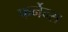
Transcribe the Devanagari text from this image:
फर्नेन्स